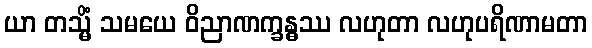
ယာ တသ္မိံ သမယေ ဝိညာဏက္ခန္ဓဿ လဟုတာ လဟုပရိဏာမတာ